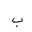
Letter: _ba